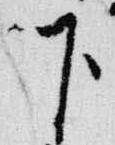
下